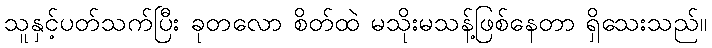
သူနှင့်ပတ်သက်ပြီး ခုတလော စိတ်ထဲ မသိုးမသန့်ဖြစ်နေတာ ရှိသေးသည်။